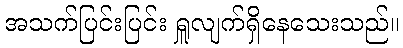
အသက်ပြင်းပြင်း ရှူလျက်ရှိနေသေးသည်။